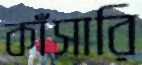
কাঁসারি